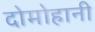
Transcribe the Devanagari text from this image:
दोमोहानी